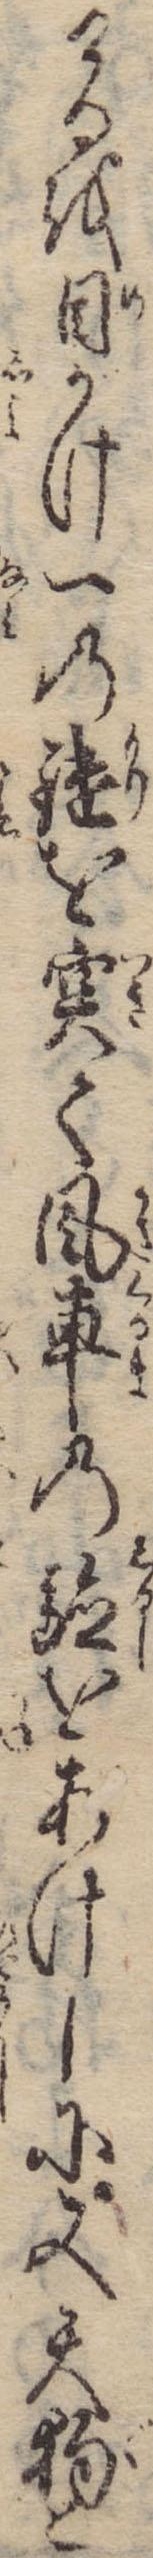
けるを目がけ一の鑓を突て風車の験をあけしに又天狗と